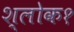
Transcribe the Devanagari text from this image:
श्लोक१